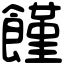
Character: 饉